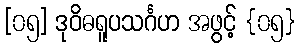
[၀၅] ဒုဝိဓရူပသင်္ဂဟ အဖွင့် {၀၅}